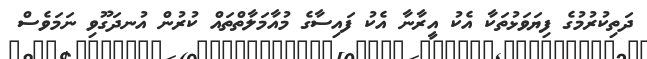
ދަތިކުރުމުގެ ފިޔަވަޅުތަކާ އެކު އީރާނާ އެކު ފައިސާގެ މުއާމަލާތްތައް ކުރުން އުނދަގޫވި ނަމަވެސް